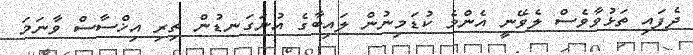
ދެފައި ތަޅުވާވެސް ލެވޭނީ އެންމެ ކުޑަމިނުން ލައިބާގެ އުނަގަނޑުން ތިރި އިޚްސާސް ވާނަމަ